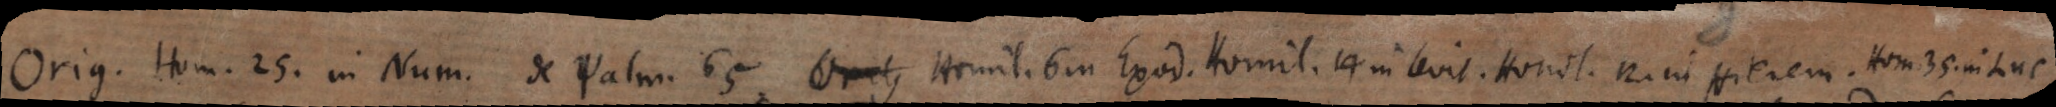
Orig. Hom. 25 in Num. de psalm. 65; Homil. 6 in Exod.; Homil. 14. in Levit.; Homil. 12. in Hierem.; Hom. 35. in Luc.